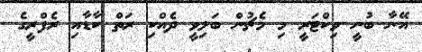
އޭނާ ބުނީ ވިކްޓަރީ މި މެޗުން ބަލިވީ ދެއްކި ރަތް ކާޑާއި ރެފްރީގެ